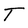
Character: T